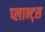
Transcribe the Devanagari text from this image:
प्लान्ट्स